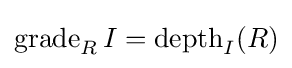
{\textrm {grade}}_{R}\,I={\textrm {depth}}_{I}(R)